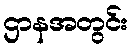
ဌာနအတွင်း